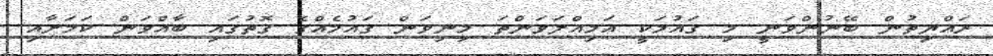
ރައްޔިތުން ބޭނުންވަނީ މި ގައުމަކީ އަމިއްލަވަންތަ މިނިވަން ގައުމެއްގެ ގޮތުގައި ބާއްވަން ކަމަށާއި